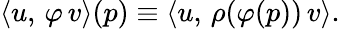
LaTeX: \langle u,\, \varphi\, v\rangle(p)\equiv\langle u,\, \rho(\varphi(p))\, v\rangle.